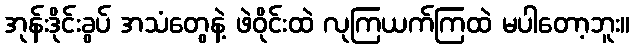
အုန်းဒိုင်းခွပ် အသံတွေနဲ့ ဖဲဝိုင်းထဲ လုကြယက်ကြထဲ မပါတော့ဘူး။